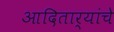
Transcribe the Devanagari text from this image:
आदितार्‍यांचे